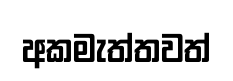
අකමැත්තවත්